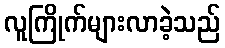
လူကြိုက်များလာခဲ့သည်